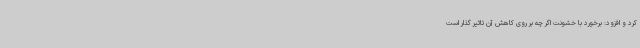
کرد و افزود: برخورد با خشونت اگر چه بر روی کاهش آن تاثیر گذار است